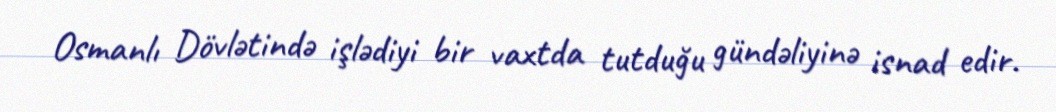
Osmanlı Dövlətində işlədiyi bir vaxtda tutduğu gündəliyinə isnad edir.